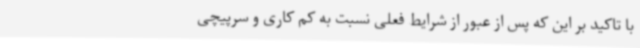
با تاکید بر این که پس از عبور از شرایط فعلی نسبت به کم کاری و سرپیچی